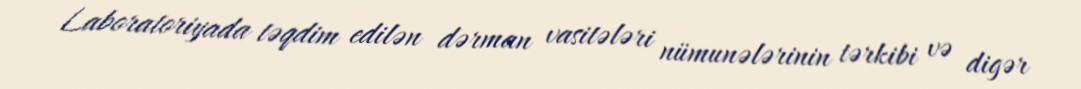
Laboratoriyada təqdim edilən dərman vasitələri nümunələrinin tərkibi və digər